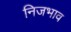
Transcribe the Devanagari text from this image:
निजभाव